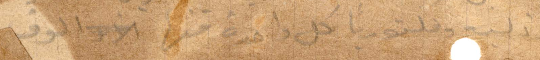
وذكيه وفكتوريا كل واحدة قدر الالوف